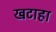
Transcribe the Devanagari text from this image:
खटाहा